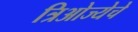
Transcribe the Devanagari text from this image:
त्रिओज्येचे